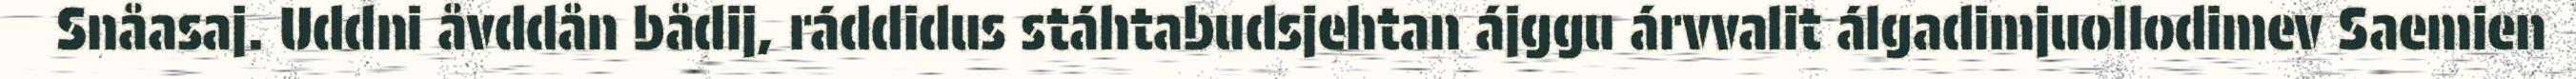
Snåasaj. Uddni åvddån bådij, ráddidus stáhtabudsjehtan ájggu árvvalit álgadimjuollodimev Saemien